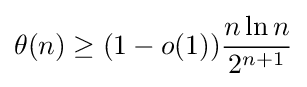
\theta (n)\geq (1-o(1)){\frac {n\ln n}{2^{n+1}}}